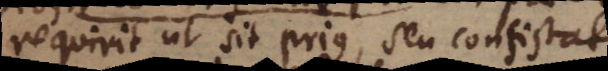
requirit ut sit prius, seu consistat